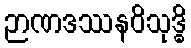
ဉာဏဒဿနဝိသုဒ္ဓိ